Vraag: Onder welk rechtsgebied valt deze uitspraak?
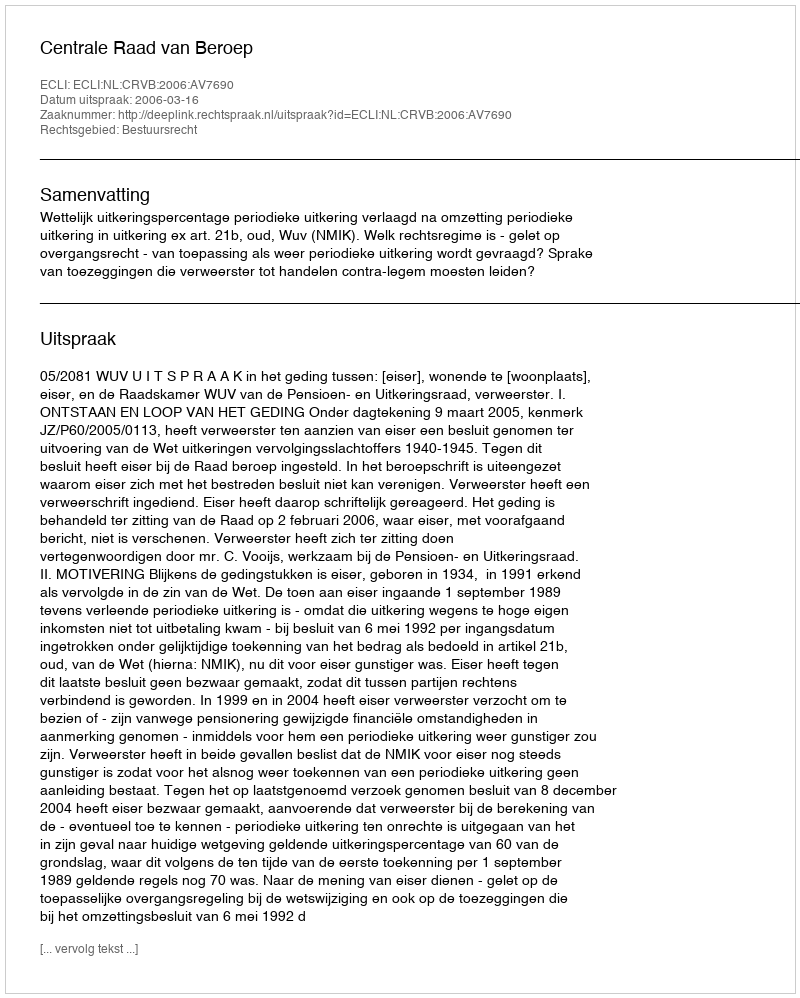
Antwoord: Bestuursrecht